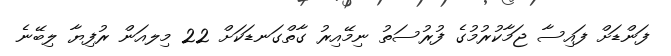
ފަންޑަށް ފައިސާ ޖަމާކުރުމުގެ ފުރުސަތު ނިމޭއިރު ގާތްގަނޑަކަށް 22 މިލއަން ރުފިޔާ ލިބޭނެ